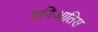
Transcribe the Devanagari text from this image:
मनिआतिस